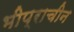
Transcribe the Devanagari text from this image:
भीप्राचीन